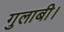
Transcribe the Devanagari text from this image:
गुलाबी।